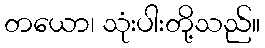
တယော၊ သုံးပါးတို့သည်။